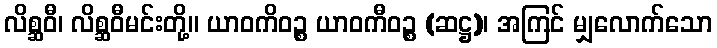
လိစ္ဆဝီ၊ လိစ္ဆဝီမင်းတို့။ ယာဝကိဝဉ္စ ယာဝကီဝဉ္စ (ဆဋ္ဌ)၊ အကြင် မျှလောက်သော